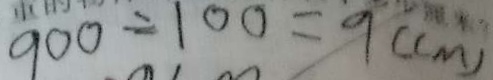
9 0 0 \div 1 0 0 = 9 ( c m )